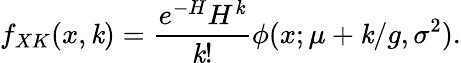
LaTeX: f_{XK}(x,\mathit{k})=\frac{{e^{-H}H^{\mathit{k}}}}{{\mathit{k}!}}\phi(x;\mu+\mathit{k}/g,\sigma^{2}).